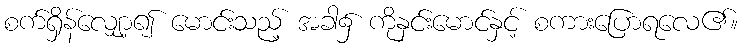
စက်ရှိန်လျှော့၍ မောင်းသည့် အခါ၌ ကိုနှင်းမောင်နှင့် စကားပြောရလေ၏။